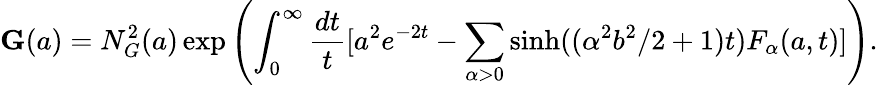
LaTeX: \mathbf{G}(a)=N_{G}^{2}(a)\exp\left(\int_{0}^{\infty}\frac{dt}{t}[a^{2}e^{-2t}-\sum_{\alpha>0}\sinh((\alpha^{2}b^{2}/2+1)t)F_{\alpha}(a,t)]\right).